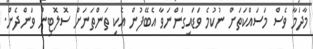
މާދަމާ ވެސް މަސައްކަތަށް ނުކުމެ ވަޑައިގަންނަވާ އެބޭފުުން އެކި ތަންތަނަށް ސޮލޮޓިން ވަންދެން.